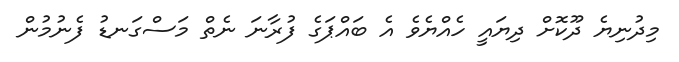
މިދުނިޔެ ދޫކޮށް ދިޔައީ ހެއްޔެވެ އެ ބައްޕަގެ ފުރާނަ ނެތް މަސްގަނޑު ފެނުމުން